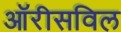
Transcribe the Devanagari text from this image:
ऑरीसविल